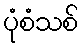
ပုံစံသစ်